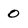
Character: O